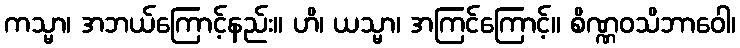
ကသ္မာ၊ အဘယ်ကြောင့်နည်း။ ဟိ၊ ယသ္မာ၊ အကြင်ကြောင့်။ စိဏ္ဏဝသိဘာဝေါ၊